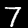
Label: 7